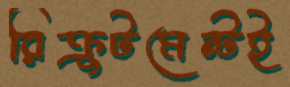
রিক্রুটমেন্টই